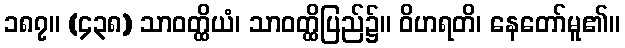
၁၈၇။ (၄၃၈) သာဝတ္ထိယံ၊ သာဝတ္ထိပြည်၌။ ဝိဟရတိ၊ နေတော်မူ၏။